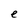
Character: e